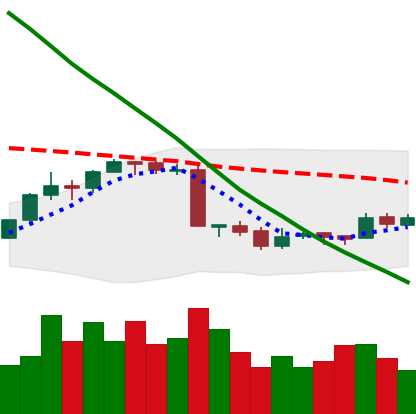
Ticker: EOS-USD
Chart end date: 2018-09-15
Forward return: 6.348%
Label: up_5_7